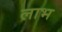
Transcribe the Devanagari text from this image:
लाभ्‍ा